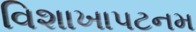
વિશાખાપટનમ